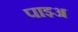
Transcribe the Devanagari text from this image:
पाइअ